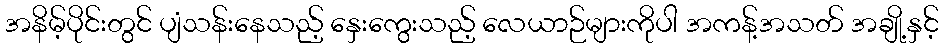
အနိမ့်ပိုင်းတွင် ပျံသန်းနေသည့် နှေးကွေးသည့် လေယာဉ်များကိုပါ အကန့်အသတ် အချို့နှင့်